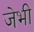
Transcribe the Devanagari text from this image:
जेभी